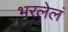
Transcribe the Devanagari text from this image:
भरलेलं